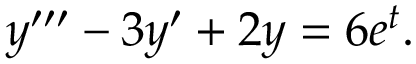
y ^ { \prime \prime \prime } - 3 y ^ { \prime } + 2 y = 6 e ^ { t } .